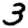
Digit: 3